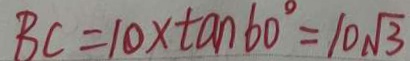
B C = 1 0 \times \tan 6 0 ^ { \circ } = 1 0 \sqrt { 3 }